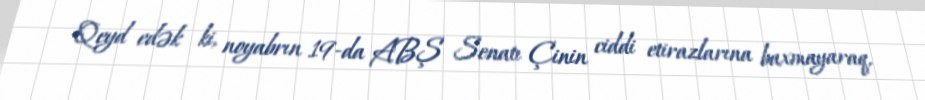
Qeyd edək ki, noyabrın 19-da ABŞ Senatı Çinin ciddi etirazlarına baxmayaraq,